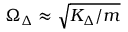
\Omega _ { \Delta } \approx \sqrt { K _ { \Delta } / m }